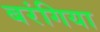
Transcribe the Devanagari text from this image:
बरंगिया